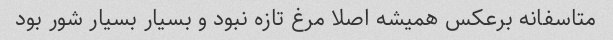
متاسفانه برعکس همیشه اصلا مرغ تازه نبود و بسیار بسیار شور بود